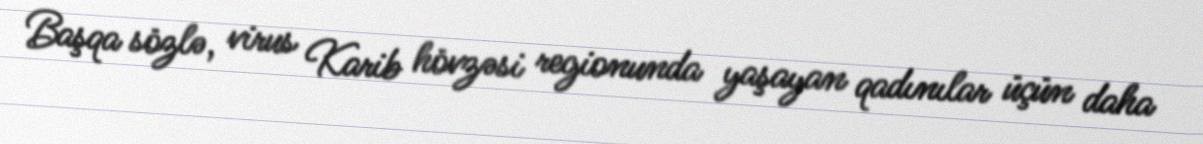
Başqa sözlə, virus Karib hövzəsi regionunda yaşayan qadınılar üçün daha